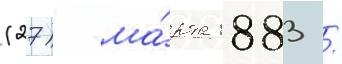
(27) ма́рта 1883 /